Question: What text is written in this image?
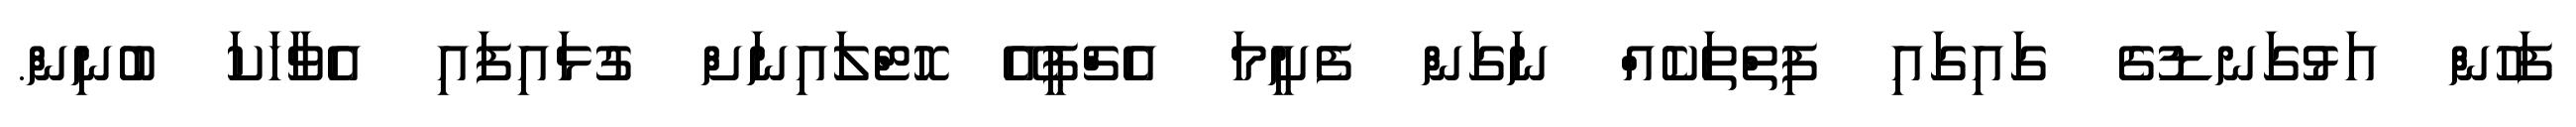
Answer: ފަހުން އަޅުގަނޑުގެ ގައިގައި ފިތްތަކެއް ނަގަން ފެށީމަ އެޗްޕީއޭ ހޮޓްލައިނަށް ގުޅައިފައި އެވާހަކަ ބުނިން.